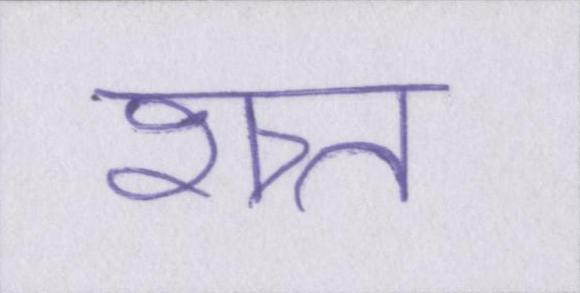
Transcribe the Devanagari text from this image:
शत्र्त